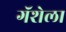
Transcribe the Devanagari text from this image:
गॅशेला